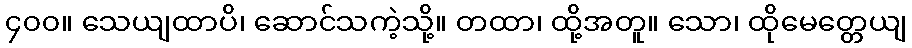
၄၀၀။ သေယျထာပိ၊ ဆောင်သကဲ့သို့။ တထာ၊ ထို့အတူ။ သော၊ ထိုမေတ္တေယျ